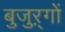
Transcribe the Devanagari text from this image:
बुजुऱ्गों